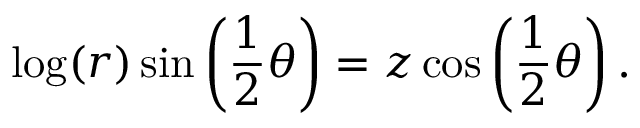
\log ( r ) \sin \left( { \frac { 1 } { 2 } } \theta \right) = z \cos \left( { \frac { 1 } { 2 } } \theta \right) .